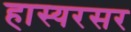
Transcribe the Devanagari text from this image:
हास्यरसर